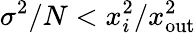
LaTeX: \sigma^{2}/N<{x_{i}^{2}}/{x_{\mathrm{out}}^{2}}